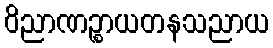
ဝိညာဏဉ္စာယတနသညာယ